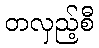
တလှည့်စီ